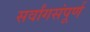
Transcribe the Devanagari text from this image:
सर्वांगसंपूर्ण